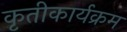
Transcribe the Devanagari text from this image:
कृतीकार्यक्रम